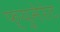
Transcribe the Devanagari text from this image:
फ्युमेरेट